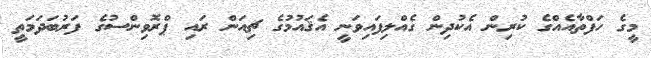
މީގެ ހަފްތާއެއްގެ ކުރިން އެކުދިން ގެއްލިފައިވަނީ އެޤައުމުގެ ޗިއަން ރައި ޕްރޮވިންސުގެ ފަރުބަދަމަތީ